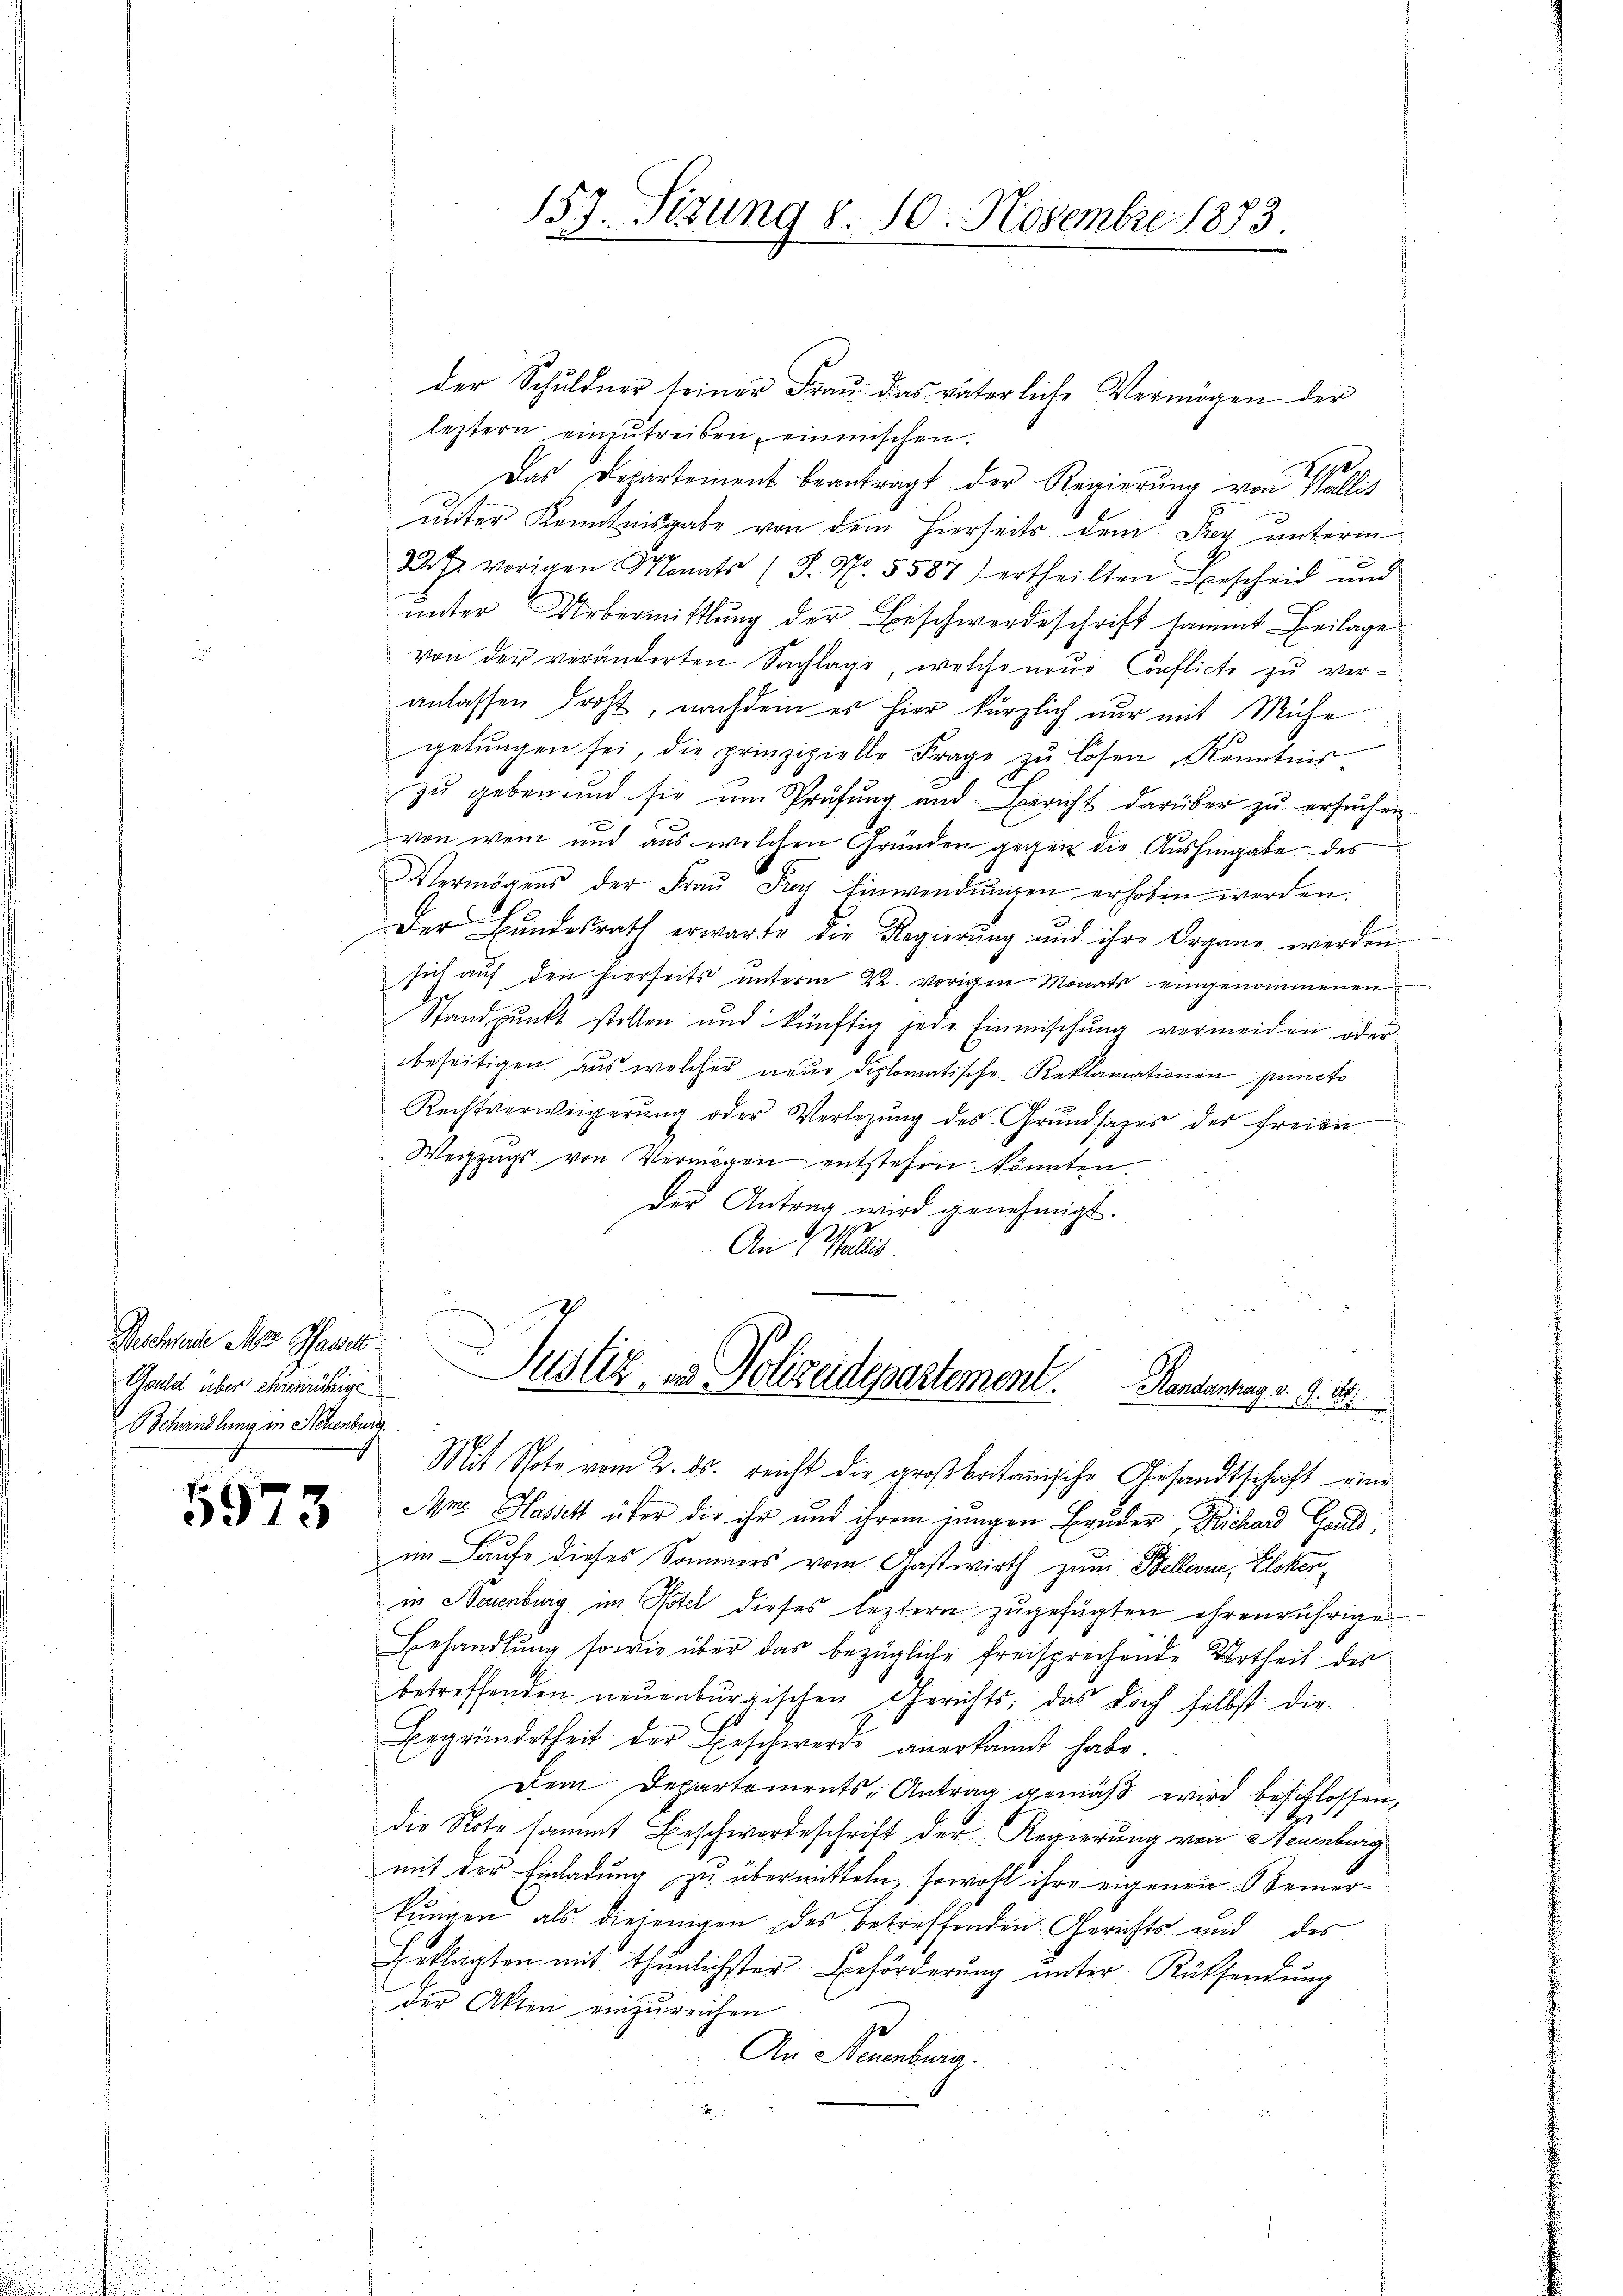
Beschende M. Passat
Gould über ehrenrührige
Behandlung in Schenburg

5973

der Schuldner seiner Frau. das väterliche Vermögen der
leztern einzŭtreiben einmischen.
Das Departement beantragt der Regierung von Wallis
unter Kenntnisgabe von dem hierseits dem Frey unterm
D. J. vorigen Monats (S. Nr. 5587) ertheilten Bescheid und
ŭnter Uebermittlung der Beschwerdeschrift sammt Beilage
von der veränderten Sachlage, welche neue Conflicte zu veranlassen droht, nachdem es hier kürzlich nur mit Mühe
gelŭngen sei, die prinzipielle Frage zŭ lösen, Kenntnis
zŭ geben und sie ŭm Sprüfŭng und Bericht darüber zŭ ersŭchen
von wen und aus welchen Gründen gegen die Aushingabe des
Vermögens der Fraŭ Frey. Einwendŭngen erhoben werden.
Der Bŭndesrath erwarte die Regierŭng ŭnd ihre Organe werden
sich auf den hierseits unterm 22. vorigen Monats eingenommenen
Standpunkt stellen und künftig jede Einmischung vermeiden oder
beseitigen aus welcher neue Diplomatische Reklamationen puncto
Rechtverweigerŭng oder Verlegung des Grundsazes der freien
Weizzugs von Vermögen entstehen könnten
Der Antrag wird genehmigt.
1
.
An (Wallis

157. Sizung d. 10. Novembre 1883.

Justiz in Polizeidepartement. Handerung v. 9. 28.

Mit Note vom 2. ds. reicht die großbritanische Gesandtschaft eine
Am Hasst über die ihr und ihrem jungen Bruder, Richard Gauld,
im Laufe dieses Sommers vom Gastwirth zum Bellerne, Elokenin Neuenburg im Notel dieses leztern zugefügten ehrenrührige
Behandlung sowie über das bezügliche freisprechende Urtheil der
betreffenden neŭenbŭrgischen Gerichts, das doch selbst die
Begründetheit der Beschwerde anerkannt habe.
Dem Departements-Antrag gemäß wird beschlossen,
die Note sammt Beschwerdeschrift der Regierung von Neuenburg
mit der Einladung zu übermitteln, sowohl ihre eigenen einerkŭngen als diejenigen des betreffenden Gerichts und des
Beklagten mit thunlichster Beförderung unter Rücksendung
der Akten einzureichen
An Neuenburg.